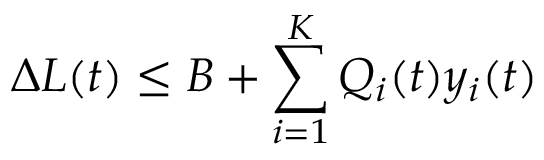
\Delta L ( t ) \leq B + \sum _ { i = 1 } ^ { K } Q _ { i } ( t ) y _ { i } ( t )